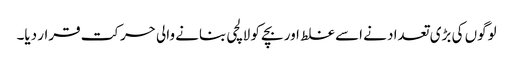
لوگوں کی بڑی تعداد نے اسے غلط اور بچے کو لالچی بنانے والی حرکت قرار دیا۔